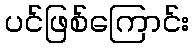
ပင်ဖြစ်ကြောင်း